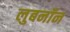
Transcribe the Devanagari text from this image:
लुबनॉन